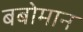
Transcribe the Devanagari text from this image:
बबोमान